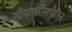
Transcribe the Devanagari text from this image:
सीफालॉसपोरिन